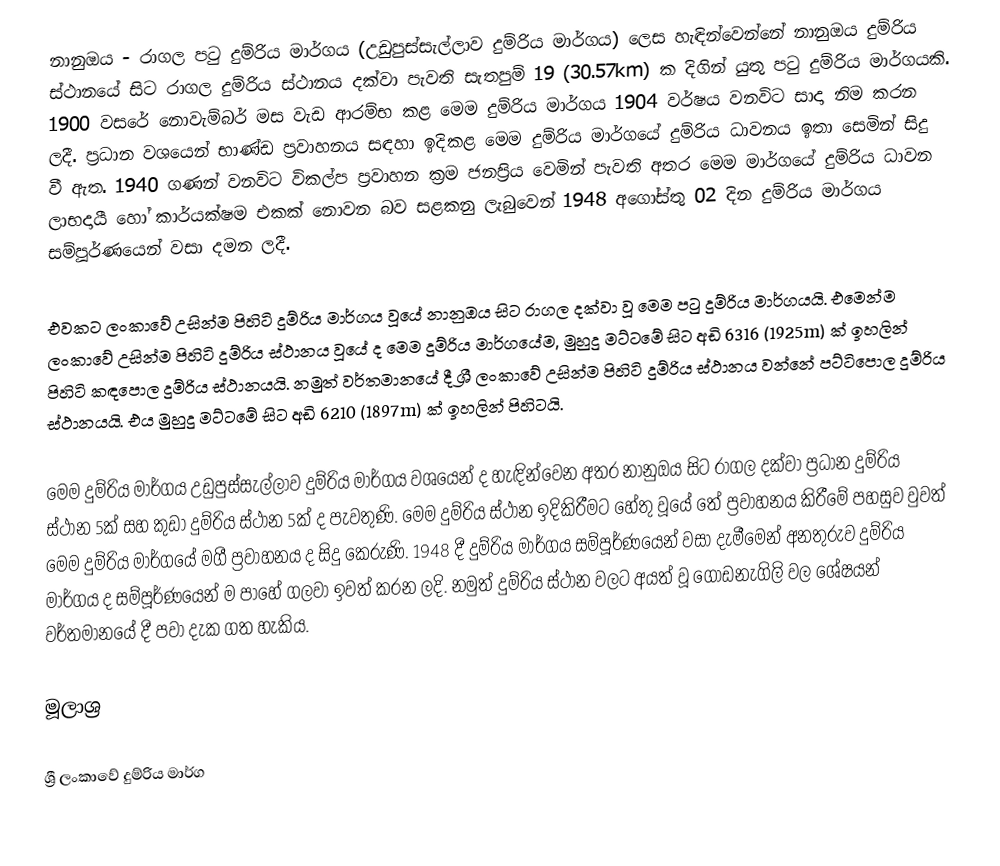
නානුඔය - රාගල පටු දුම්රිය මාර්ගය (උඩුපුස්සැල්ලාව දුම්රිය මාර්ගය) ලෙස හැඳින්වෙන්නේ නානුඔය දුම්රිය ස්ථානයේ සිට රාගල දුම්රිය ස්ථානය දක්වා පැවති සැතපුම් 19 (30.57km) ක දිගින් යුතු පටු දුම්රිය මාර්ගයකි. 1900 වසරේ නොවැම්බර් මස වැඩ ආරම්භ කළ මෙම දුම්රිය මාර්ගය 1904 වර්ෂය වනවිට සාදා නිම කරන ලදී. ප්‍රධාන වශයෙන් භාණ්ඩ ප්‍රවාහනය සඳහා ඉදිකළ මෙම දුම්රිය මාර්ගයේ දුම්රිය ධාවනය ඉතා සෙමින් සිදු වී ඇත. 1940 ගණන් වනවිට විකල්ප ප්‍රවාහන ක්‍රම ජනප්‍රිය වෙමින් පැවති අතර මෙම මාර්ගයේ දුම්රිය ධාවන ලාභදායී හෝ කාර්යක්ෂම එකක් නොවන බව සළකනු ලැබුවෙන් 1948 අගෝස්තු 02 දින දුම්රිය මාර්ගය සම්පූර්ණයෙන් වසා දමන ලදී.

එවකට ලංකාවේ උසින්ම පිහිටි දුම්රිය මාර්ගය වූයේ නානුඔය සිට රාගල දක්වා වූ මෙම පටු දුම්රිය මාර්ගයයි. එමෙන්ම ලංකාවේ උසින්ම පිහිටි දුම්රිය ස්ථානය වූයේ ද මෙම දුම්රිය මාර්ගයේම, මුහුදු මට්ටමේ සිට අඩි 6316 (1925m) ක් ඉහලින් පිහිටි කඳපොල දුම්රිය ස්ථානයයි. නමුත් වර්තමානයේ දී ශ්‍රී ලංකාවේ උසින්ම පිහිටි දුම්රිය ස්ථානය වන්නේ පට්ටිපොල දුම්රිය ස්ථානයයි. එය මුහුදු මට්ටමේ සිට අඩි 6210 (1897m) ක් ඉහලින් පිහිටයි.

මෙම දුම්රිය මාර්ගය උඩුපුස්සැල්ලාව දුම්රිය මාර්ගය වශයෙන් ද හැඳින්වෙන අතර නානුඔය සිට රාගල දක්වා ප්‍රධාන දුම්රිය ස්ථාන 5ක් සහ කුඩා දුම්රිය ස්ථාන 5ක් ද පැවතුණි. මෙම දුම්රිය ස්ථාන ඉදිකිරීමට හේතු වූයේ තේ ප්‍රවාහනය කිරීමේ පහසුව වුවත් මෙම දුම්රිය මාර්ගයේ මගී ප්‍රවාහනය ද සිදු කෙරුණි. 1948 දී දුම්රිය මාර්ගය සම්පූර්ණයෙන් වසා දැමීමෙන් අනතුරුව දුම්රිය මාර්ගය ද සම්පූර්ණයෙන් ම පාහේ ගලවා ඉවත් කරන ලදි. නමුත් දුම්රිය ස්ථාන වලට අයත් වූ ගොඩනැගිලි වල ශේෂයන් වර්තමානයේ දී පවා දැක ගත හැකිය.

මූලාශ්‍ර

ශ්‍රී ලංකාවේ දුම්රිය මාර්ග